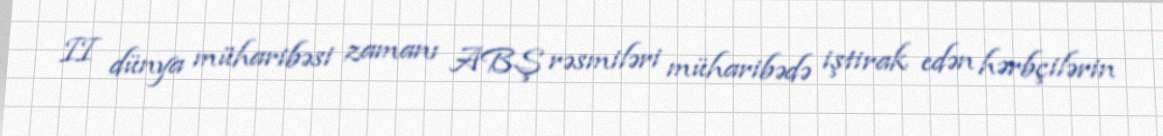
II dünya müharibəsi zamanı ABŞ rəsmiləri müharibədə iştirak edən hərbçilərin